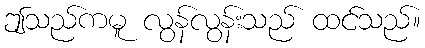
ဤသည်ကမူ လွန်လွန်းသည် ထင်သည်။